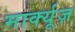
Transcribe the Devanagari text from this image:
मार्क्यूज़